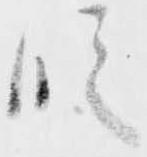
段